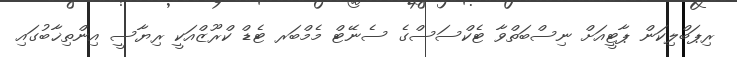
ރިޕަބްލިކަން ޕާޓީއަށް ނިސްބަތްވާ ޓެކްސަސްގެ ސެނޭޓް މެމްބަރ ޓެޑް ކްރޫޒްއަކީ ރިޔާސީ އިންތިޚާބުގައި